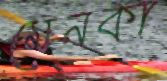
মেনকা